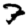
Digit: 7